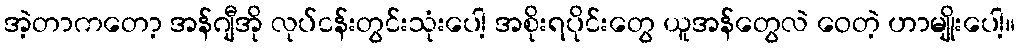
အဲ့တာကတော့ အန်ဂျီအို လုပ်ငန်းတွင်းသုံးပေါ့ အစိုးရပိုင်းတွေ ယူအန်တွေလဲ ဝေတဲ့ ဟာမျိုးပေါ့။